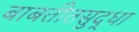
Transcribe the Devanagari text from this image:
बाबतीतसुद्धा